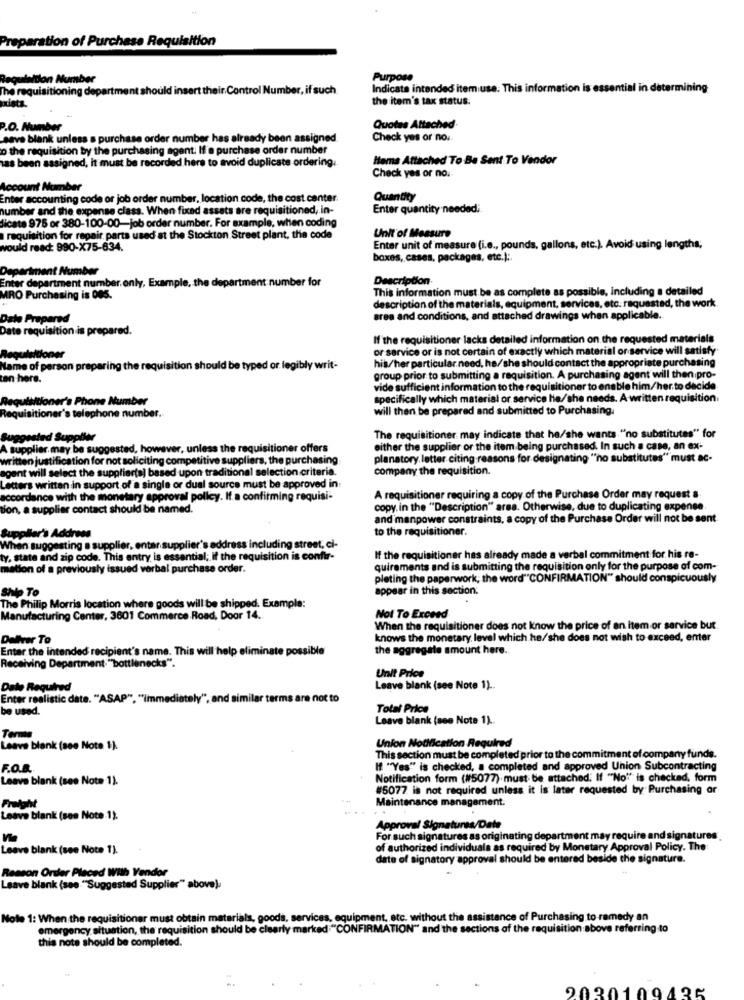
Preparation of Purchase Requisition
on Number
Purpose
The requisitioning department should insert their. Control Number, if such
Indicata intended item use. This information is essential in determining
the item's tax status.
pdista.
P.O. Number
Quotas Attached
save blank unless a purchase order number has already been assigned.
Check yes or no ..
o the requisition by the purchasing agent. If a purchase order number
has been assigned, it must be recorded here to avoid duplicate ordering.
Items Attached To Be Sent To Vendor
Check yes or no.
Account Number
Enter accounting code or job order number, location code, the cost canter.
Quantity
number and the expense class. When fixed assets are requisitioned, in-
Enter quantity needed;
dicats 975 or 380-100-00-job order number. For example, when coding
Unit of Measure
requisition for repair parts used at the Stockton Street plant, the code
would read: 990-X75-634.
Enter unit of measure (i.e ., pounds, gallons, etc.). Avoid using lengths;
boxes, cases, packages, etc.) ;.
Department Number
Enter department number. only, Example, the department number for
Description
This information must be as complete as possible, including a detailed
MRO Purchasing is 085.
description of the materials, equipment, services, etc. requested, the work.
Dato Prepared
area and conditions, and attached drawings when applicable.
Date requisition is prepared.
If the requisitioner lacks detailed information on the requested materials
or service or is not certain of exactly which material or service will satisfy
Requisitioner
his/her particular need, he/she should contact the appropriate purchasing
Name of person prep
tion should be typed or legibly writ-
ten here.
group prior to submitting a requisition. A purchasing agent will then pro-
vide sufficient information to the requisitioner to enable him/her to decide
Requisitioner's Phone Number
specifically which material or service He/she needs. A written requisition.
telephone number.
will then be prepared and submitted to Purchasing.
Requisitioner
Suggested Supplie
The requisitioner may indicate that he/she wants "no substitutes" for
supplier. may be su
ever, unless the requisitioner offers
either the supplier or the item being purchased. In such a case, an ex-
written justification for
citing competitive suppliers, the purchasing
planatory. letter citing reasons for designating "ho substitutes" must ac-
gent will select the
based upon traditional selection criteria.
company the requisition.
Letters written in support of a single or dual source must be approved in:
accordance with the monetary approval policy. If a confirming requisi-
A requisitioner requiring a copy of the Purchase Order may request &
tion, a supplier contact should be named.
copy. in the "Description" area. Otherwise, due to duplicating expense
and manpower constraints, a copy of the Purchase Order will not be sent
to the requisitioner.
Supplier's Address
When suggesting a supplier, entar supplier's address including street, ci-
ty, state and zip code. This entry is essential; If the requisition is confir-
If the requisitioner has already made a verbal commitment for his re-
mation of a previously issued verbal purchase order.
quiraments and is submitting the requisition only for the purpose of com-
plating the paperwork, the word"CONFIRMATION" should conspicuously
appear in this section.
Shlp To
The Philip Morris location where goods will be shipped. Example:
Manufacturing Center, 3601 Commerce Road, Door 14.
Not To Exceed
When the requisitioner does not know the price of an item or service but
Deliver To
knows the monetary level which he/she does not wish to exceed, enter
Enter the Intended recipient's name. This will help eliminate possible
the aggregate amount here ..
Receiving Department: "bottlenecks".
Unit Price
Date Required
Leave blank (see Note 1) ..
Enter realistic date. "ASAP", ""Immediately", and similar terms are not to
be used.
Total Price
Leave blank (see Note 1).
Termin
Leave blank (see Note 1).
Union Notification Required
This section must be completed prior to the commitment of company funds.
F.O.B.
If "Yes" is checked, a completed and approved Union Subcontracting
Leave blank (see Note 1).
Notification form (#5077) must be attached. If "No"" is checked. form
#5077 is not required unless it is later requested by Purchasing or
...
Maintenance management.
Freight
Leave blank (see Note .1).
Approval Signatures/Date
For such signatures as originating department may require and signatures
Leave blank (see Note 1).
of authorized individuals as required by Monetary Approval Policy. The
date of signatory approval should be entered beside the signature.
Reason Order Placed With Vendor
Leave blank (see "Suggested Supplier" above).
Nole 1: When the requisitioner must obtain materials, goods, services, equipment, etc. without the assistance of Purchasing to remedy an
emergency. situation, the requisition should be clearly marked "CONFIRMATION" and the sections of the requisition above referring to
this note should be completed.
2030109436